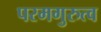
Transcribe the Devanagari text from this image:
परमगुरुत्व